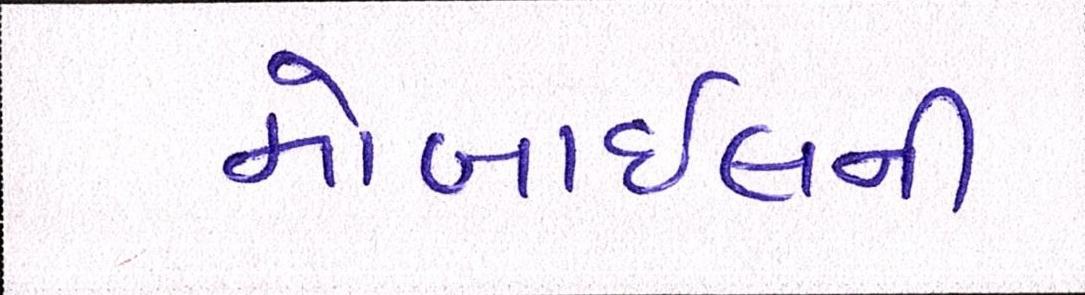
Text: મોબાઇલની